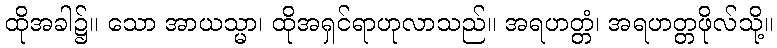
ထိုအခါ၌။ သော အာယသ္မာ၊ ထိုအရှင်ရာဟုလာသည်။ အရဟတ္တံ၊ အရဟတ္တဖိုလ်သို့။